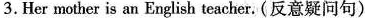
3.Her mother is an English teacher.(反意疑问句)